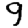
Digit: 9